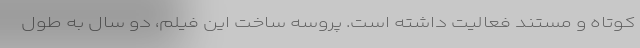
کوتاه و مستند فعالیت داشته است. پروسه ساخت این فیلم، دو سال به طول